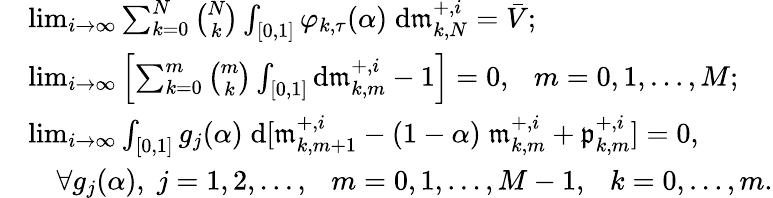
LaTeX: \begin{array}{rl}&{\operatorname*{lim}_{i\to\infty}\sum_{k=0}^{N}{\binom{N}{k}}\int_{[0,1]}\varphi_{k,\tau}(\alpha)\; \mathrm{d}\mathfrak{m}_{k,N}^{+,i}=\bar{V};}\\ &{\operatorname*{lim}_{i\to\infty}\left[\sum_{k=0}^{m}{\binom{m}{k}}\int_{[0,1]}\mathrm{d}\mathfrak{m}_{k,m}^{+,i}-1\right]=0,\ \ \ m=0,1,\ldots,M;}\\ &{\operatorname*{lim}_{i\to\infty}\int_{[0,1]}g_{j}(\alpha)\; \mathrm{d}[\mathfrak{m}_{k,m+1}^{+,i}-(1-\alpha)\; \mathfrak{m}_{k,m}^{+,i}+\mathfrak{p}_{k,m}^{+,i}]=0,}\\ &{\quad\forall g_{j}(\alpha),\; j=1,2,\ldots,\ \ \ m=0,1,\ldots,M-1,\ \ \ k=0,\ldots,m.}\end{array}